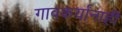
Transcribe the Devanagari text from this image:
गावकर्यांनाही